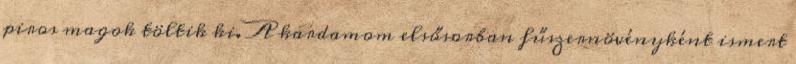
piros magok töltik ki. A kardamom elsősorban fűszernövényként ismert